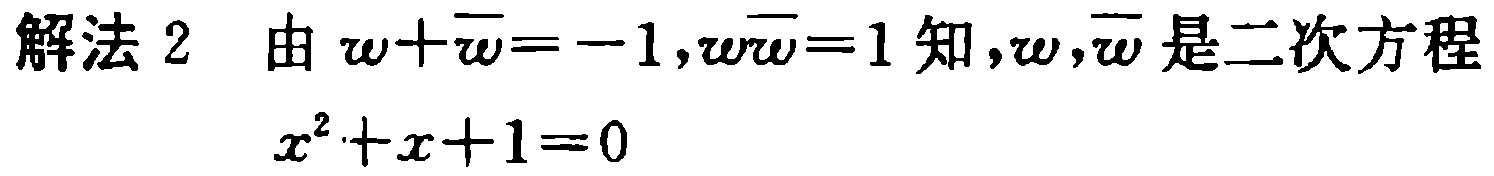
解法 2 由 \(w+\overline{w}=-1,w\overline{w}=1\) 知，\(w,\overline{w}\) 是二次方程
\(x^{2}+x + 1 = 0\)